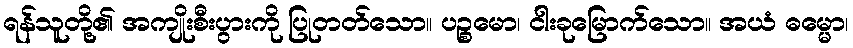
ရန်သူတို့၏ အကျိုးစီးပွားကို ပြုတတ်သော။ ပဉ္စမော၊ ငါးခုမြောက်သော။ အယံ ဓမ္မော၊